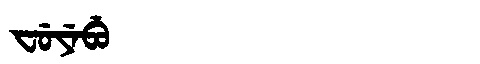
Manchu: ᠸᡠᠶᡝᠪᡠ
Romanization: FUYEBU